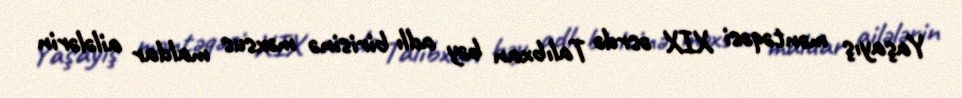
Yaşayış məntəqəsi XIX əsrdə Talıbxan bəy adlı birisinə məxsus maldar ailələrin